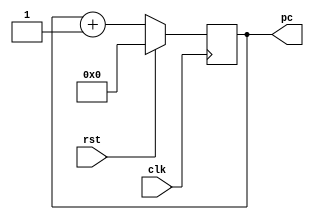
module pc(clk, rst, pc);
input clk, rst;
output reg [7:0] pc;

always@(posedge clk)
    begin
        if(rst)
            begin
                pc <= 0;
            end
        else
            begin
                pc <= pc + 1;
            end             
    end
endmodule